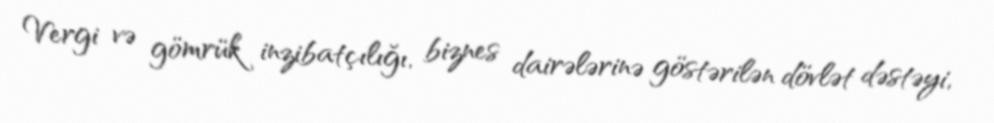
Vergi və gömrük inzibatçılığı, biznes dairələrinə göstərilən dövlət dəstəyi,